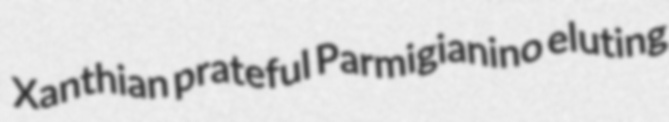
Xanthian prateful Parmigianino eluting